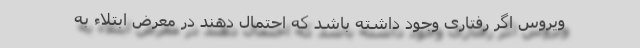
ویروس اگر رفتاری وجود داشته باشد که احتمال دهند در معرض ابتلاء به